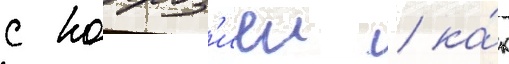
с корроз'иеи / ка́к